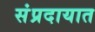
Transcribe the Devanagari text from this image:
संंप्रदायात